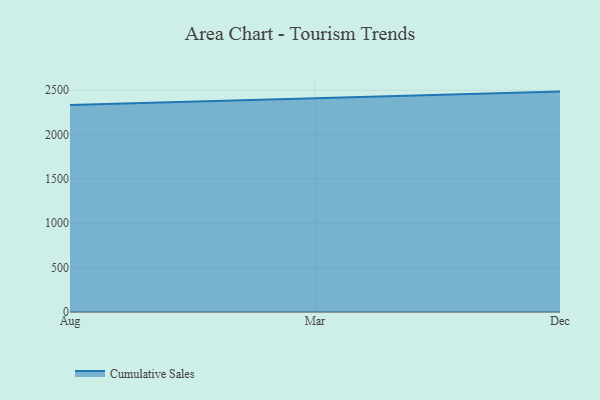
{"axis": {"x": "Month", "y": "Shipments"}, "legend": ["Cumulative Sales"], "data": [{"x": "Aug", "y": 2333.1, "type": "Cumulative Sales"}, {"x": "Mar", "y": 2410.2, "type": "Cumulative Sales"}, {"x": "Dec", "y": 2484.4, "type": "Cumulative Sales"}]}